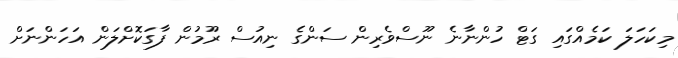
މިކަހަލަ ކަމެއްގައި ގަޓް ހުންނާނެ ނޫސްވެރިން ސަންގެ ނިއުސް ރޫމުން ފާގަކޮށްލަން އަހަންނަށް